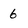
Character: 6